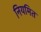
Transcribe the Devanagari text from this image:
नियमित